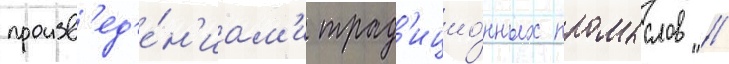
произв'ед'е́н'иам'и трад'ицио́нных промыслов //